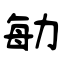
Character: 勄